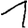
Digit: 1